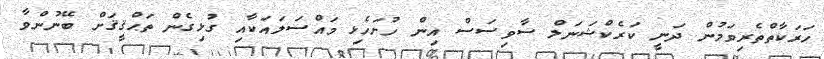
ހަރަކާތްތެރިވަމުން ދަނީ ކަރެކްޝަނަލް ސާވިސަސް އިން ހުށަހެޅި މައްސަލައަކާއި ގުޅިގެން ތަޙްޤީޤަށް ބޭނުންވާ